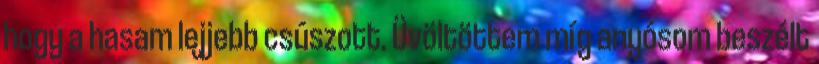
hogy a hasam lejjebb csúszott. Üvöltöttem míg anyósom beszélt